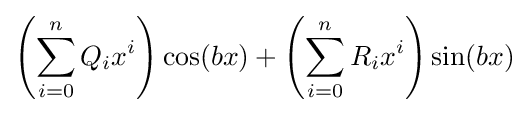
\left(\sum _{i=0}^{n}Q_{i}x^{i}\right)\cos(bx)+\left(\sum _{i=0}^{n}R_{i}x^{i}\right)\sin(bx)